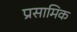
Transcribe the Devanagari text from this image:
प्रसामिक